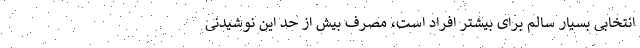
انتخابی بسیار سالم برای بیشتر افراد است، مصرف بیش از حد این نوشیدنی